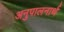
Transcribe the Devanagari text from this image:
अनुपालनार्थ